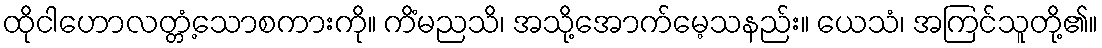
ထိုငါဟောလတ္တံ့သောစကားကို။ ကိံမညသိ၊ အသို့အောက်မေ့သနည်း။ ယေသံ၊ အကြင်သူတို့၏။